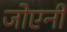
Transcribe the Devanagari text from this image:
जोएनी